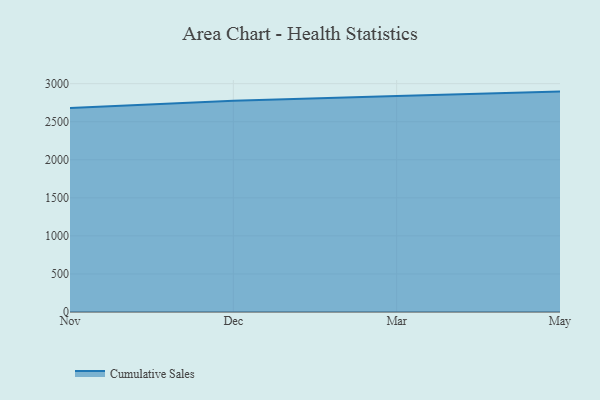
{"axis": {"x": "Month", "y": "Active Users"}, "legend": ["Cumulative Sales"], "data": [{"x": "Nov", "y": 2679.7, "type": "Cumulative Sales"}, {"x": "Dec", "y": 2776.0, "type": "Cumulative Sales"}, {"x": "Mar", "y": 2837.6, "type": "Cumulative Sales"}, {"x": "May", "y": 2895.6, "type": "Cumulative Sales"}]}